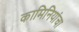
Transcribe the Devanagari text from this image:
कामिनियांचा